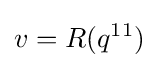
v=R(q^{11})